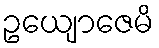
ဥယျောဇေမိ